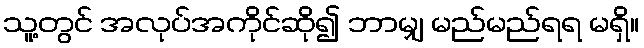
သူ့တွင် အလုပ်အကိုင်ဆို၍ ဘာမျှ မည်မည်ရရ မရှိ။